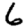
Digit: 6